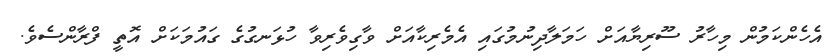
އެހެންކަމުން މިހާރު ސޫރިޔާއަށް ހަމަލާދިނުމުގައި އެމެރިކާއަށް ވާގިވެރިވާ ހުޅަނގުގެ ގައުމަކަށް އޮތީ ފްރާންސެވެ.